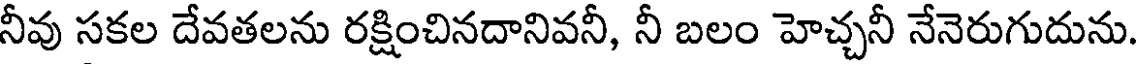
నీవు సకల దేవతలను రక్షించినదానివనీ, నీ బలం హెచ్చనీ నేనెరుగుదును